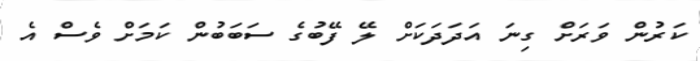
ކަރުން ވަރަށް ގިނަ އަދަދަކަށް ލޭ ފޭބުގެ ސަބަބުން ކަމަށް ވެސް އެ